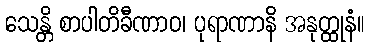
သေန္တိ စာပါတိခီဏာဝ၊ ပုရာဏာနိ အနုတ္ထုနံ။